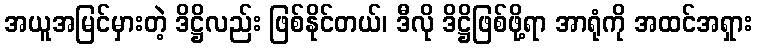
အယူအမြင်မှားတဲ့ ဒိဋ္ဌိလည်း ဖြစ်နိုင်တယ်၊ ဒီလို ဒိဋ္ဌိဖြစ်ဖို့ရာ အာရုံကို အထင်အရှား